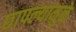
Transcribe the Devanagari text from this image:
छापल्यामुळे